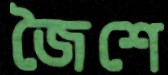
জৈশে